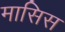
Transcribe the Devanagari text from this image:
मासिस